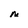
Character: N